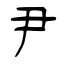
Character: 尹